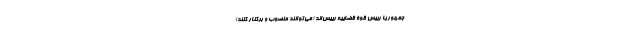
جمهور یا رییس قوۀ قضاییه رییس‌اند (می‌توانند منصوب و برکنار کنند)